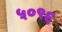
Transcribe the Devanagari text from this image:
५०९६